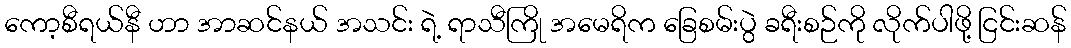
ကော့စီရယ်နီ ဟာ အာဆင်နယ် အသင်း ရဲ့ ရာသီကြို အမေရိက ခြေစမ်းပွဲ ခရီးစဉ်ကို လိုက်ပါဖို့ ငြင်းဆန်